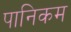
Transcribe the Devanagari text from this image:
पानिकम